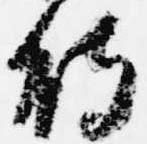
待